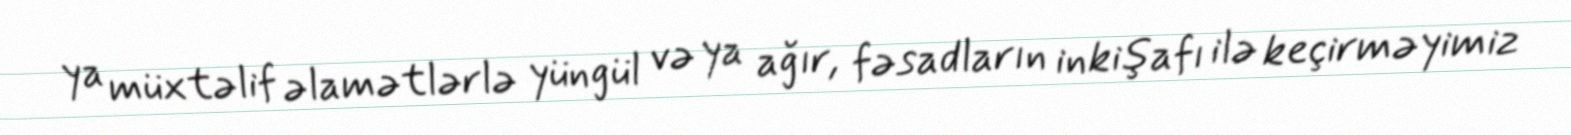
ya müxtəlif əlamətlərlə yüngül və ya ağır, fəsadların inkişafı ilə keçirməyimiz